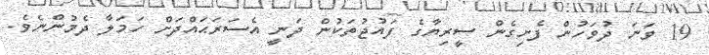
19 ވަނަ ދުވަހުން ފެށިގެން ސީރިޔާގެ ފައުޖުތަކުން ދަނީ އެސަރަޙައްދަށް ހަމަލާ ދެމުންނެވެ.